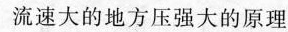
流速大的地方压强大的原理